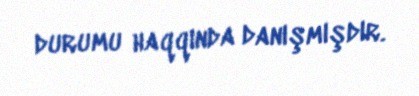
durumu haqqında danışmışdır.